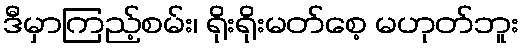
ဒီမှာကြည့်စမ်း၊ ရိုးရိုးမတ်စေ့ မဟုတ်ဘူး